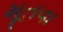
મૂતવા